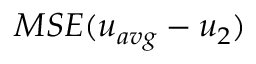
M S E ( u _ { a v g } - u _ { 2 } )